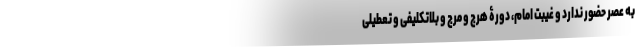
به عصر حضور ندارد و غیبت امام، دورۀ هرج و مرج و بلاتکلیفی و تعطیلی